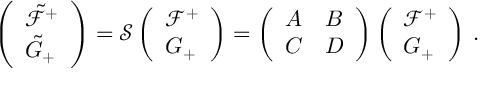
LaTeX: \left( \begin{array} { l } { { \tilde { \mathcal { F } } ^ { + } } } \\ { { \tilde { G } _ { + } } } \end{array} \right) = \mathcal { S } \left( \begin{array} { l } { { \mathcal { F } ^ { + } } } \\ { { G _ { + } } } \end{array} \right) = \left( \begin{array} { l l } { { A } } & { { B } } \\ { { C } } & { { D } } \end{array} \right) \left( \begin{array} { l } { { \mathcal { F } ^ { + } } } \\ { { G _ { + } } } \end{array} \right) \, .